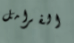
الفرامل